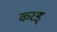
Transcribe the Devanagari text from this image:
करड्